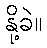
နို့ခဲ။